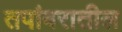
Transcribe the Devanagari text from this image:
तपांबरातील